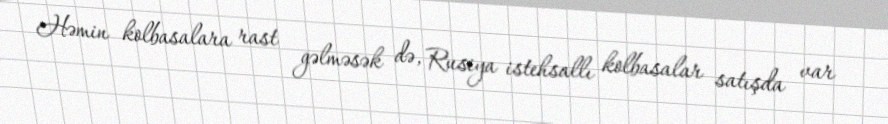
Həmin kolbasalara rast gəlməsək də, Rusiya istehsallı kolbasalar satışda var